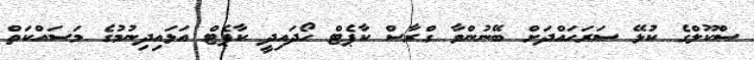
ސްކޫލްގެ ކުޅޭ ސަރަހައްދަށް ބޭނުންވާ ގްރާސް ކާޕެޓް ހޯދައިދީ ކާޕެޓް އަޅައިދިނުމުގެ މަސައްކަތް